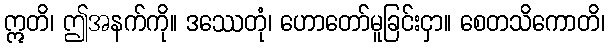
ဣတိ၊ ဤအနက်ကို။ ဒဿေတုံ၊ ဟောတော်မူခြင်းငှာ။ စေတသိကောတိ၊